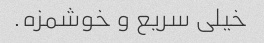
خیلی سریع و خوشمزه.